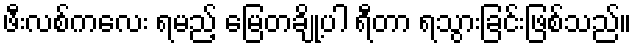
ဖီးလစ်ကလေး ရမည့် မြေတချို့ပါ ရီတာ ရသွားခြင်းဖြစ်သည်။